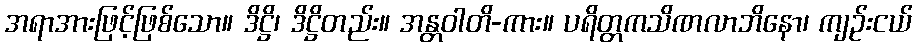
အရာအားဖြင့်ဖြစ်သော။ ဒိဋ္ဌိ၊ ဒိဋ္ဌိတည်း။ အန္တဝါတိ-ကား။ ပရိတ္တကသိဏလာဘိနော၊ ကျဉ်းငယ်